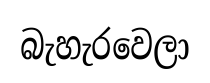
බැහැරවෙලා